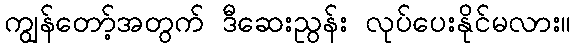
ကျွန်တော့်အတွက် ဒီဆေးညွန်း လုပ်ပေးနိုင်မလား။